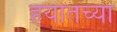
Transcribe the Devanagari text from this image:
हयातच्या